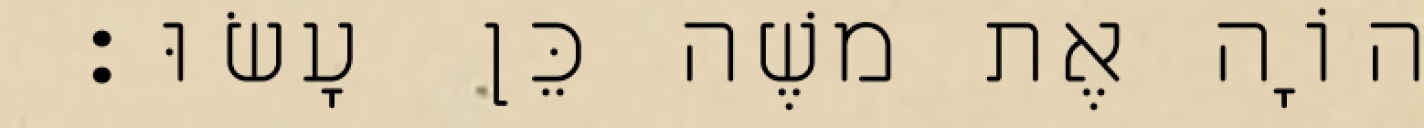
יְהוָֹה אֶת משֶׁה כֵּן עָשׂוּ׃